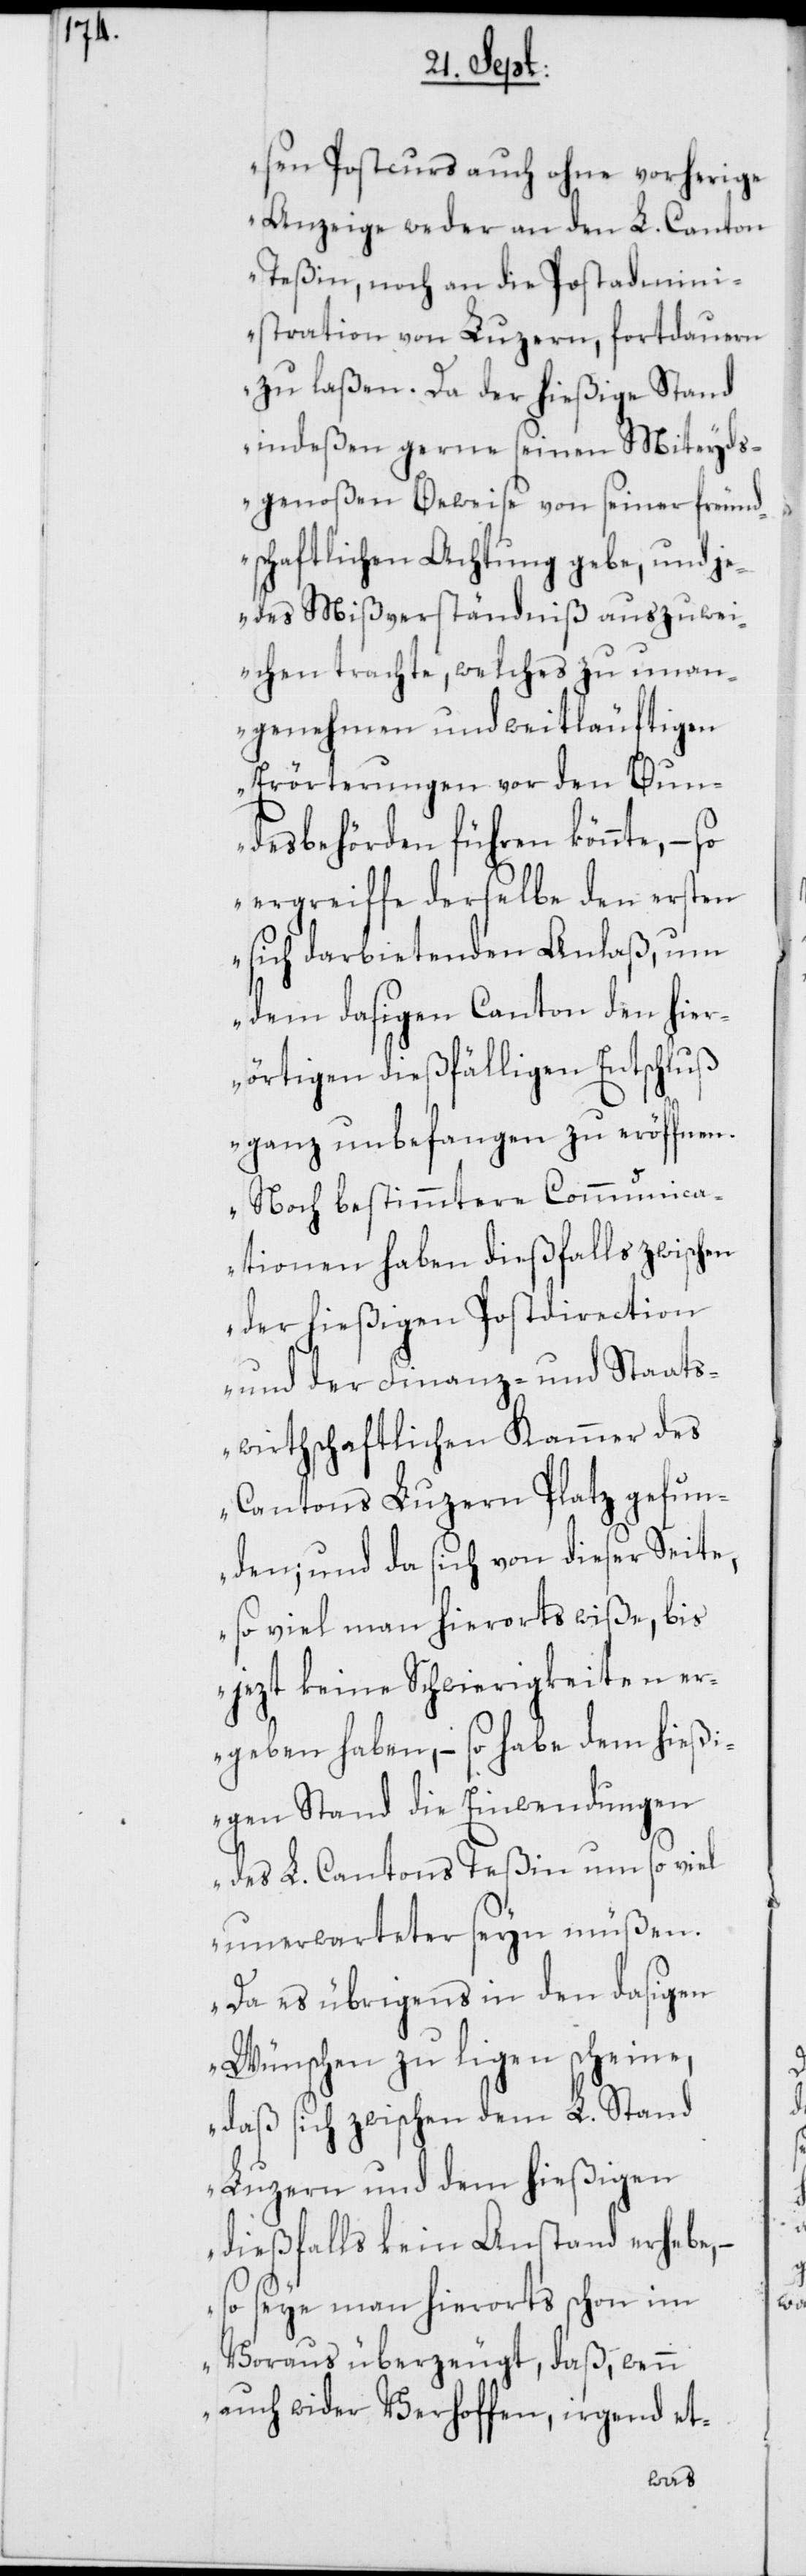
sen Postcurs auch ohne vorherige
Anzeige weder an den L. Canton
Teßin, noch an die Postadmini¬
stration von Luzern, fortdauern
zu laßen. Da der hießige Stand
indeßen gerne seinen Miteyds¬
genoßen Beweise von seiner freund¬
schaftlichen Achtung gebe, und je¬
des Mißverständniß auszuwei¬
chen trachte, welches zu unan¬
genehmen und weitläuftigen
Erörterungen vor den Bun¬
desbehörden führen könnte, – so
ergreiffe derselbe den ersten
sich darbietenden Anlaß, um
dem dasigen Canton den hier¬
örtigen dießfälligen Entschluß
ganz unbefangen zu eröffnen.
Noch bestimmtere Communica¬
tionen haben dießfalls zwischen
der hießigen Postdirection
und der Finanz- und Staats¬
wirthschaftlichen Kammer des
Cantons Luzern Platz gefun¬
den; und da sich von dieser Seite,
so viel man hierorts wiße, bis
jezt keine Schwierigkeiten er¬
geben haben, – so habe dem hießi¬
gen Stand die Einwendungen
des L. Cantons Teßin um so viel
unerwarteter seyn müßen.
Da es übrigens in den dasigen
Wünschen zu ligen scheine,
daß sich zwischen dem L. Stand
Luzern und dem hießigen
dießfalls kein Anstand erhebe,
so seye man hierorts schon im
Voraus überzeugt, daß, wenn
auch wider Verhoffen, irgend et-